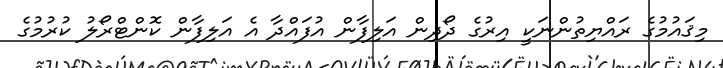
މިޤައުމުގެ ރައްޔިތުންނަކީ އިރުގެ ދޯދިން އަލިފާން އުފައްދާ އެ އަލިފާން ކޮންޓްރޯލު ކުރުމުގެ